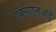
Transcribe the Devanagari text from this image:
एक्सएलआई